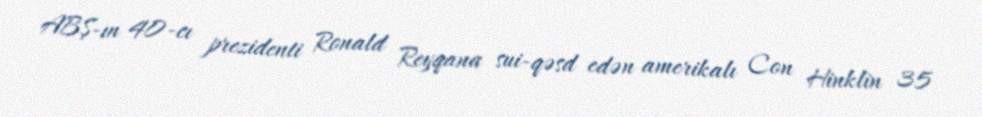
ABŞ-ın 40-cı prezidenti Ronald Reyqana sui-qəsd edən amerikalı Con Hinklin 35